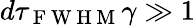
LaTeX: d\tau_{\mathrm{~F~W~H~M~}}\gamma\gg 1